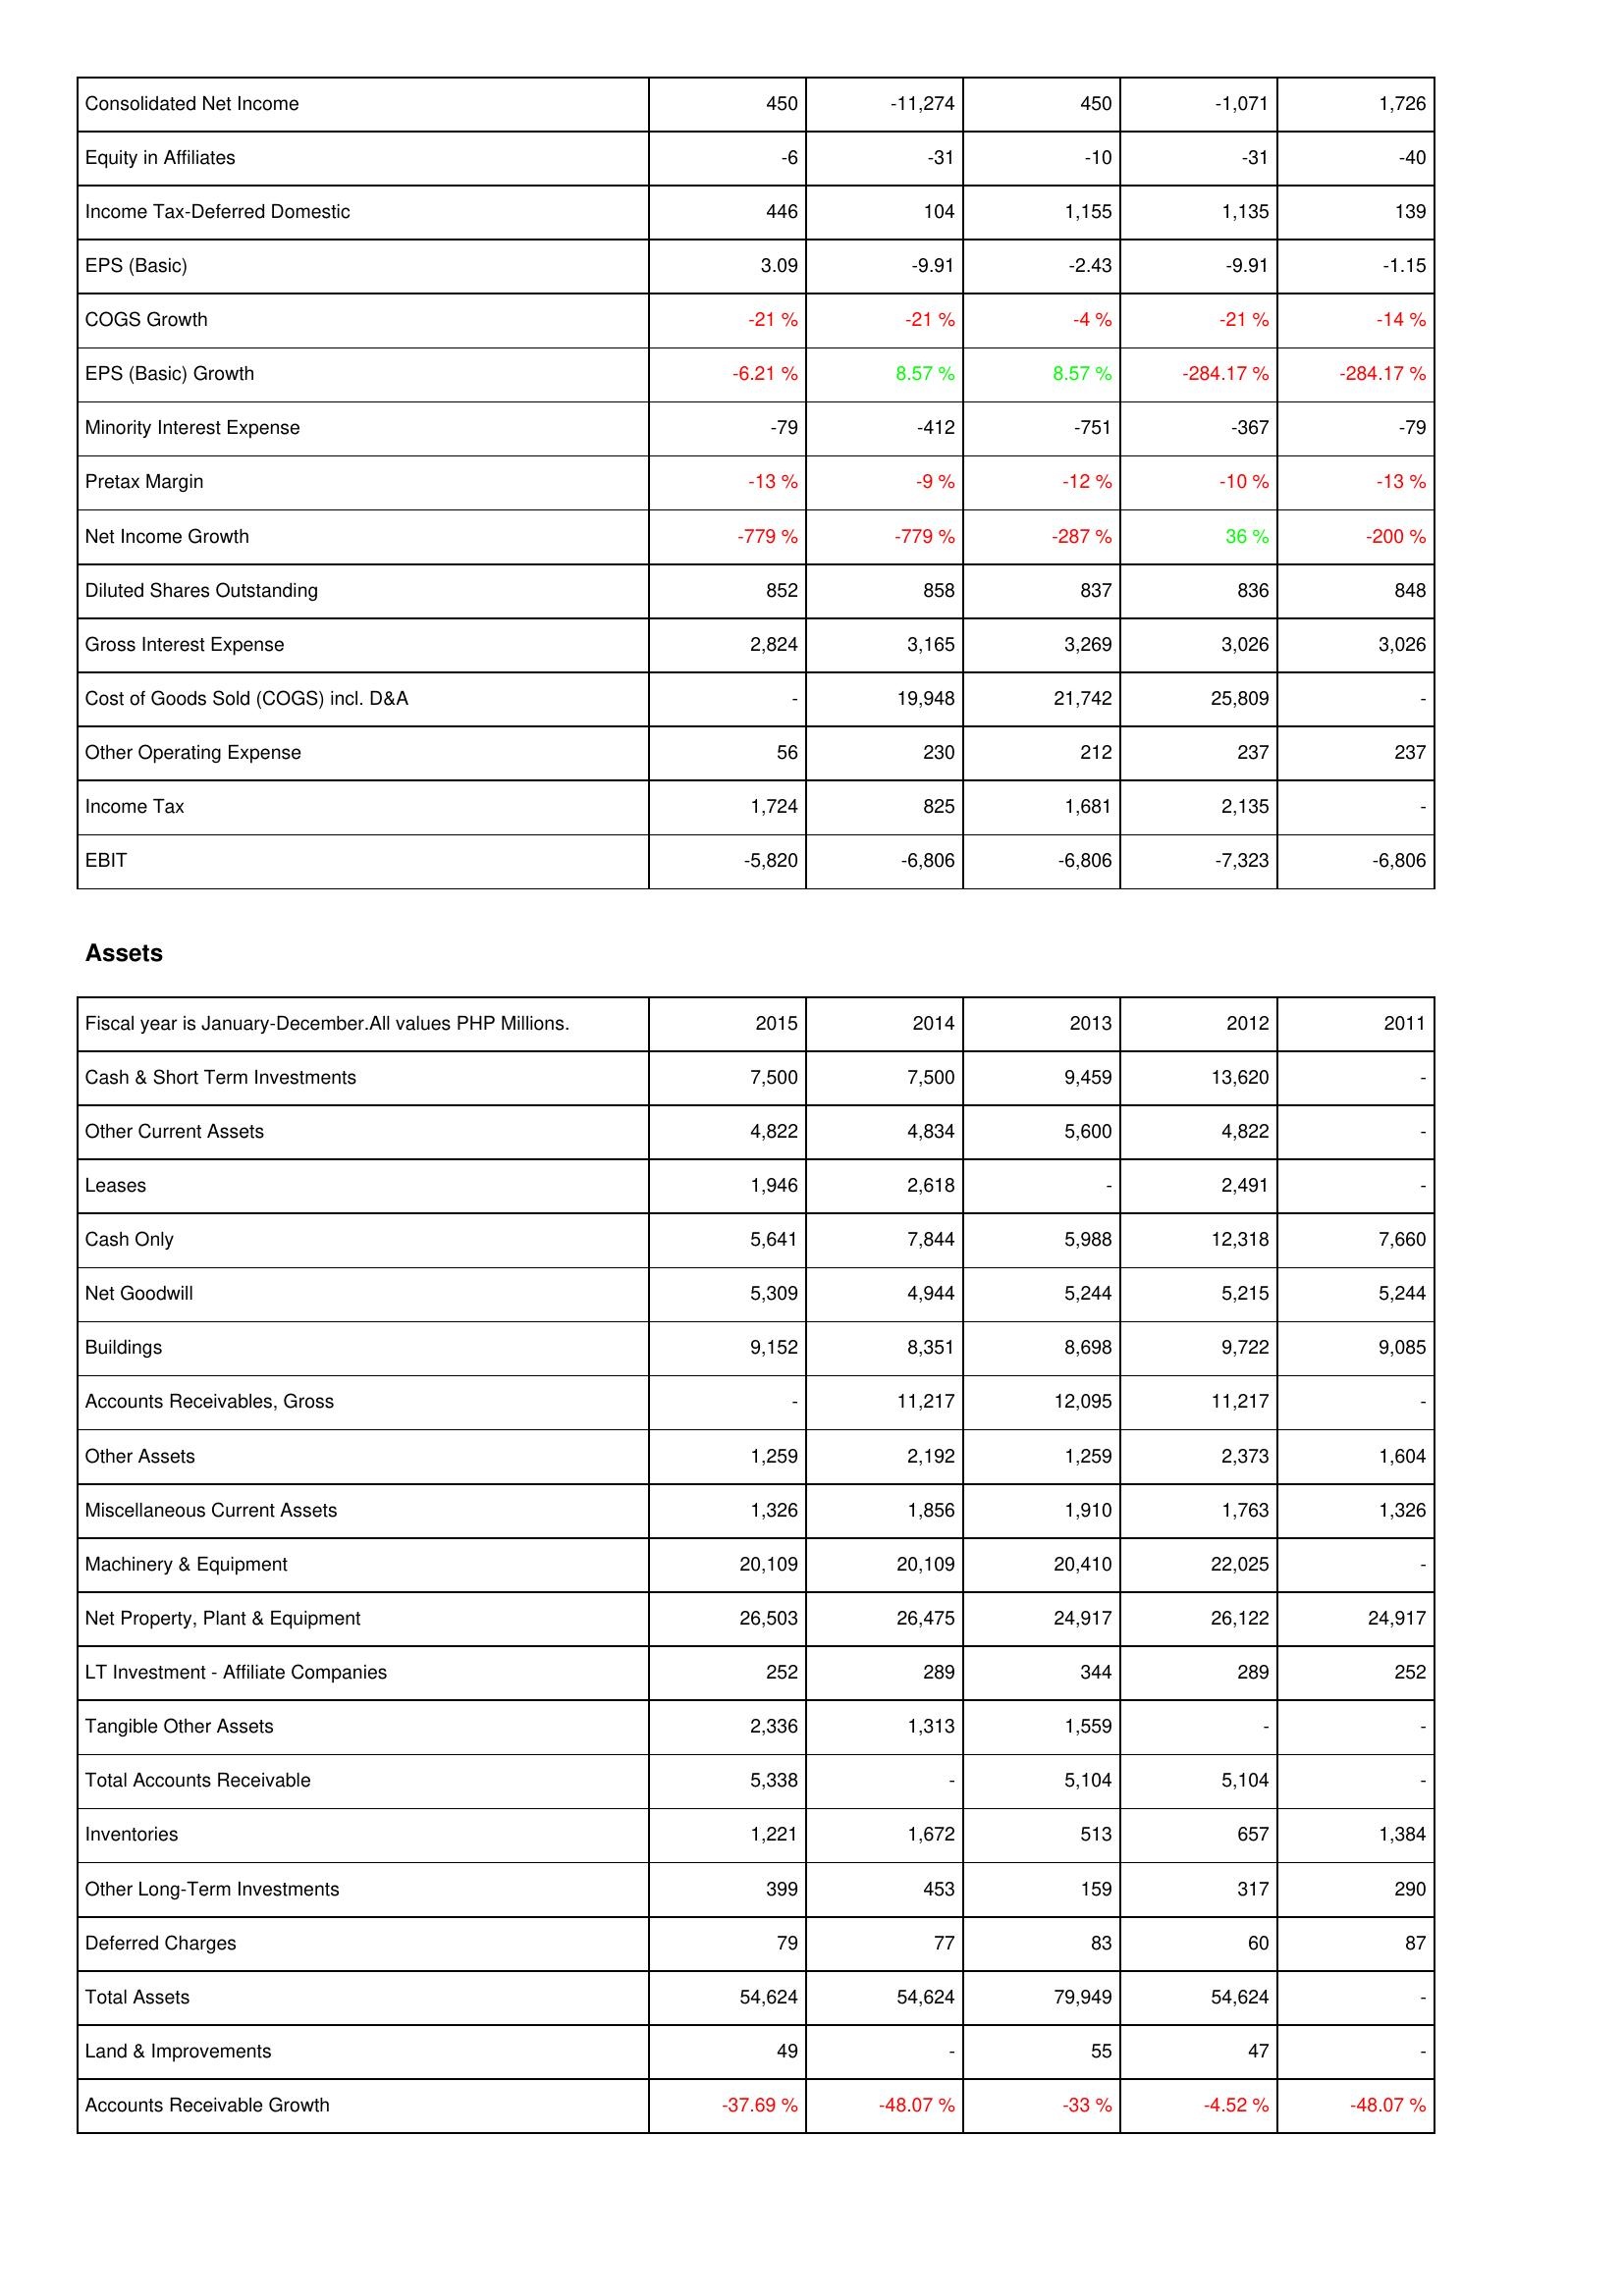
2015: Income Statement: Consolidated Net Income: 450
Equity in Affiliates: -6
Income Tax-Deferred Domestic: 446
EPS (Basic): 3.09
COGS Growth: -21 %
EPS (Basic) Growth: -6.21 %
Minority Interest Expense: -79
Pretax Margin: -13 %
Net Income Growth: -779 %
Diluted Shares Outstanding: 852
Gross Interest Expense: 2,824
Cost of Goods Sold (COGS) incl. D&A: -
Other Operating Expense: 56
Income Tax: 1,724
EBIT: -5,820
Assets: Cash & Short Term Investments: 7,500
Other Current Assets: 4,822
Leases: 1,946
Cash Only: 5,641
Net Goodwill: 5,309
Buildings: 9,152
Accounts Receivables, Gross: -
Other Assets: 1,259
Miscellaneous Current Assets: 1,326
Machinery & Equipment: 20,109
Net Property, Plant & Equipment: 26,503
LT Investment - Affiliate Companies: 252
Tangible Other Assets: 2,336
Total Accounts Receivable: 5,338
Inventories: 1,221
Other Long-Term Investments: 399
Deferred Charges: 79
Total Assets: 54,624
Land & Improvements: 49
Accounts Receivable Growth: -37.69 %
2014: Income Statement: Consolidated Net Income: -11,274
Equity in Affiliates: -31
Income Tax-Deferred Domestic: 104
EPS (Basic): -9.91
COGS Growth: -21 %
EPS (Basic) Growth: 8.57 %
Minority Interest Expense: -412
Pretax Margin: -9 %
Net Income Growth: -779 %
Diluted Shares Outstanding: 858
Gross Interest Expense: 3,165
Cost of Goods Sold (COGS) incl. D&A: 19,948
Other Operating Expense: 230
Income Tax: 825
EBIT: -6,806
Assets: Cash & Short Term Investments: 7,500
Other Current Assets: 4,834
Leases: 2,618
Cash Only: 7,844
Net Goodwill: 4,944
Buildings: 8,351
Accounts Receivables, Gross: 11,217
Other Assets: 2,192
Miscellaneous Current Assets: 1,856
Machinery & Equipment: 20,109
Net Property, Plant & Equipment: 26,475
LT Investment - Affiliate Companies: 289
Tangible Other Assets: 1,313
Total Accounts Receivable: -
Inventories: 1,672
Other Long-Term Investments: 453
Deferred Charges: 77
Total Assets: 54,624
Land & Improvements: -
Accounts Receivable Growth: -48.07 %
2013: Income Statement: Consolidated Net Income: 450
Equity in Affiliates: -10
Income Tax-Deferred Domestic: 1,155
EPS (Basic): -2.43
COGS Growth: -4 %
EPS (Basic) Growth: 8.57 %
Minority Interest Expense: -751
Pretax Margin: -12 %
Net Income Growth: -287 %
Diluted Shares Outstanding: 837
Gross Interest Expense: 3,269
Cost of Goods Sold (COGS) incl. D&A: 21,742
Other Operating Expense: 212
Income Tax: 1,681
EBIT: -6,806
Assets: Cash & Short Term Investments: 9,459
Other Current Assets: 5,600
Leases: -
Cash Only: 5,988
Net Goodwill: 5,244
Buildings: 8,698
Accounts Receivables, Gross: 12,095
Other Assets: 1,259
Miscellaneous Current Assets: 1,910
Machinery & Equipment: 20,410
Net Property, Plant & Equipment: 24,917
LT Investment - Affiliate Companies: 344
Tangible Other Assets: 1,559
Total Accounts Receivable: 5,104
Inventories: 513
Other Long-Term Investments: 159
Deferred Charges: 83
Total Assets: 79,949
Land & Improvements: 55
Accounts Receivable Growth: -33 %
2012: Income Statement: Consolidated Net Income: -1,071
Equity in Affiliates: -31
Income Tax-Deferred Domestic: 1,135
EPS (Basic): -9.91
COGS Growth: -21 %
EPS (Basic) Growth: -284.17 %
Minority Interest Expense: -367
Pretax Margin: -10 %
Net Income Growth: 36 %
Diluted Shares Outstanding: 836
Gross Interest Expense: 3,026
Cost of Goods Sold (COGS) incl. D&A: 25,809
Other Operating Expense: 237
Income Tax: 2,135
EBIT: -7,323
Assets: Cash & Short Term Investments: 13,620
Other Current Assets: 4,822
Leases: 2,491
Cash Only: 12,318
Net Goodwill: 5,215
Buildings: 9,722
Accounts Receivables, Gross: 11,217
Other Assets: 2,373
Miscellaneous Current Assets: 1,763
Machinery & Equipment: 22,025
Net Property, Plant & Equipment: 26,122
LT Investment - Affiliate Companies: 289
Tangible Other Assets: -
Total Accounts Receivable: 5,104
Inventories: 657
Other Long-Term Investments: 317
Deferred Charges: 60
Total Assets: 54,624
Land & Improvements: 47
Accounts Receivable Growth: -4.52 %
2011: Income Statement: Consolidated Net Income: 1,726
Equity in Affiliates: -40
Income Tax-Deferred Domestic: 139
EPS (Basic): -1.15
COGS Growth: -14 %
EPS (Basic) Growth: -284.17 %
Minority Interest Expense: -79
Pretax Margin: -13 %
Net Income Growth: -200 %
Diluted Shares Outstanding: 848
Gross Interest Expense: 3,026
Cost of Goods Sold (COGS) incl. D&A: -
Other Operating Expense: 237
Income Tax: -
EBIT: -6,806
Assets: Cash & Short Term Investments: -
Other Current Assets: -
Leases: -
Cash Only: 7,660
Net Goodwill: 5,244
Buildings: 9,085
Accounts Receivables, Gross: -
Other Assets: 1,604
Miscellaneous Current Assets: 1,326
Machinery & Equipment: -
Net Property, Plant & Equipment: 24,917
LT Investment - Affiliate Companies: 252
Tangible Other Assets: -
Total Accounts Receivable: -
Inventories: 1,384
Other Long-Term Investments: 290
Deferred Charges: 87
Total Assets: -
Land & Improvements: -
Accounts Receivable Growth: -48.07 %